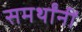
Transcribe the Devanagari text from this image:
समर्थांनीं